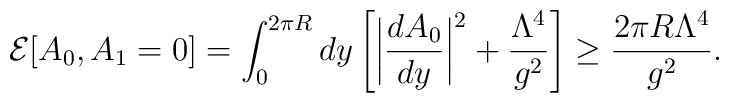
{\cal E}[A_0, A_1=0] = \int_{0}^{2\pi R}dy\left[\bigg|\frac{dA_0}{dy}\bigg|^2 + \frac{\Lambda^4}{g^2} \right ] \geq\frac{2\pi R \Lambda^4}{g^2}.